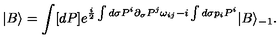
| B \rangle = \int [ d P ] e ^ { \frac { i } { 2 } \int d \sigma P ^ { i } \partial _ { \sigma } P ^ { j } \omega _ { i j } - i \int d \sigma p _ { i } P ^ { i } } | B \rangle _ { - 1 } .